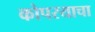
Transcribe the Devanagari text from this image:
कोपरयाचा